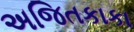
અજિતકાકા